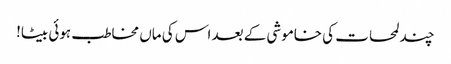
چند لمحات کی خاموشی کے بعد اس کی ماں مخاطب ہوئی بیٹا!